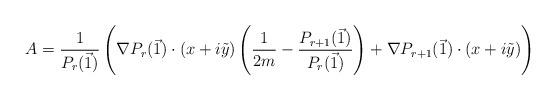
LaTeX: \begin{align*}A = \frac{1}{P_r(\vec{1})} \left( \nabla P_r(\vec{1})\cdot (x+i\tilde{y})\left(\frac{1}{2m}- \frac{P_{r+1}(\vec{1})}{P_r(\vec{1})}\right) + \nabla P_{r+1}(\vec{1})\cdot (x+i\tilde{y})\right)\end{align*}